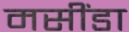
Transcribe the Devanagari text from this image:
मसींडा